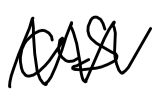
Text: as
Cross-out: zig-zag
Writing tool: digital_black